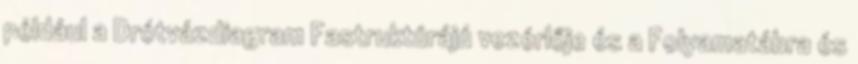
például a Drótvázdiagram Fastruktúrájú vezérlője és a Folyamatábra és